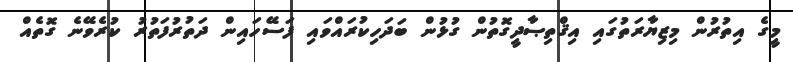
މީގެ އިތުރުން މިޒިޔާރަތުގައި އިޤްތިޞާދީގޮތުން ގުޅުން ބަދަހިކުރައްވައި ފަސޭހައިން ދަތުރުފަތުރު ކުރެވޭނެ ގޮތެއް